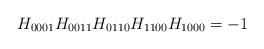
LaTeX: \begin{align*}H_{0001}H_{0011}H_{0110}H_{1100}H_{1000}=-1\end{align*}